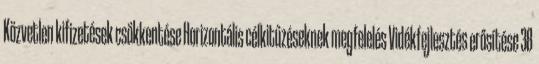
Közvetlen kifizetések csökkentése Horizontális célkitűzéseknek megfelelés Vidékfejlesztés erősítése 38